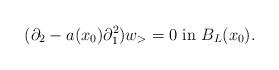
LaTeX: \begin{align*} (\partial_2 - a(x_0) \partial_1^2 ) w_> = 0 \textrm{ in } B_L(x_0). \end{align*}